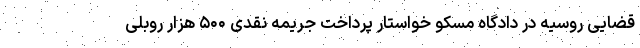
قضایی روسیه در دادگاه مسکو خواستار پرداخت جریمه نقدی ۵۰۰ هزار روبلی